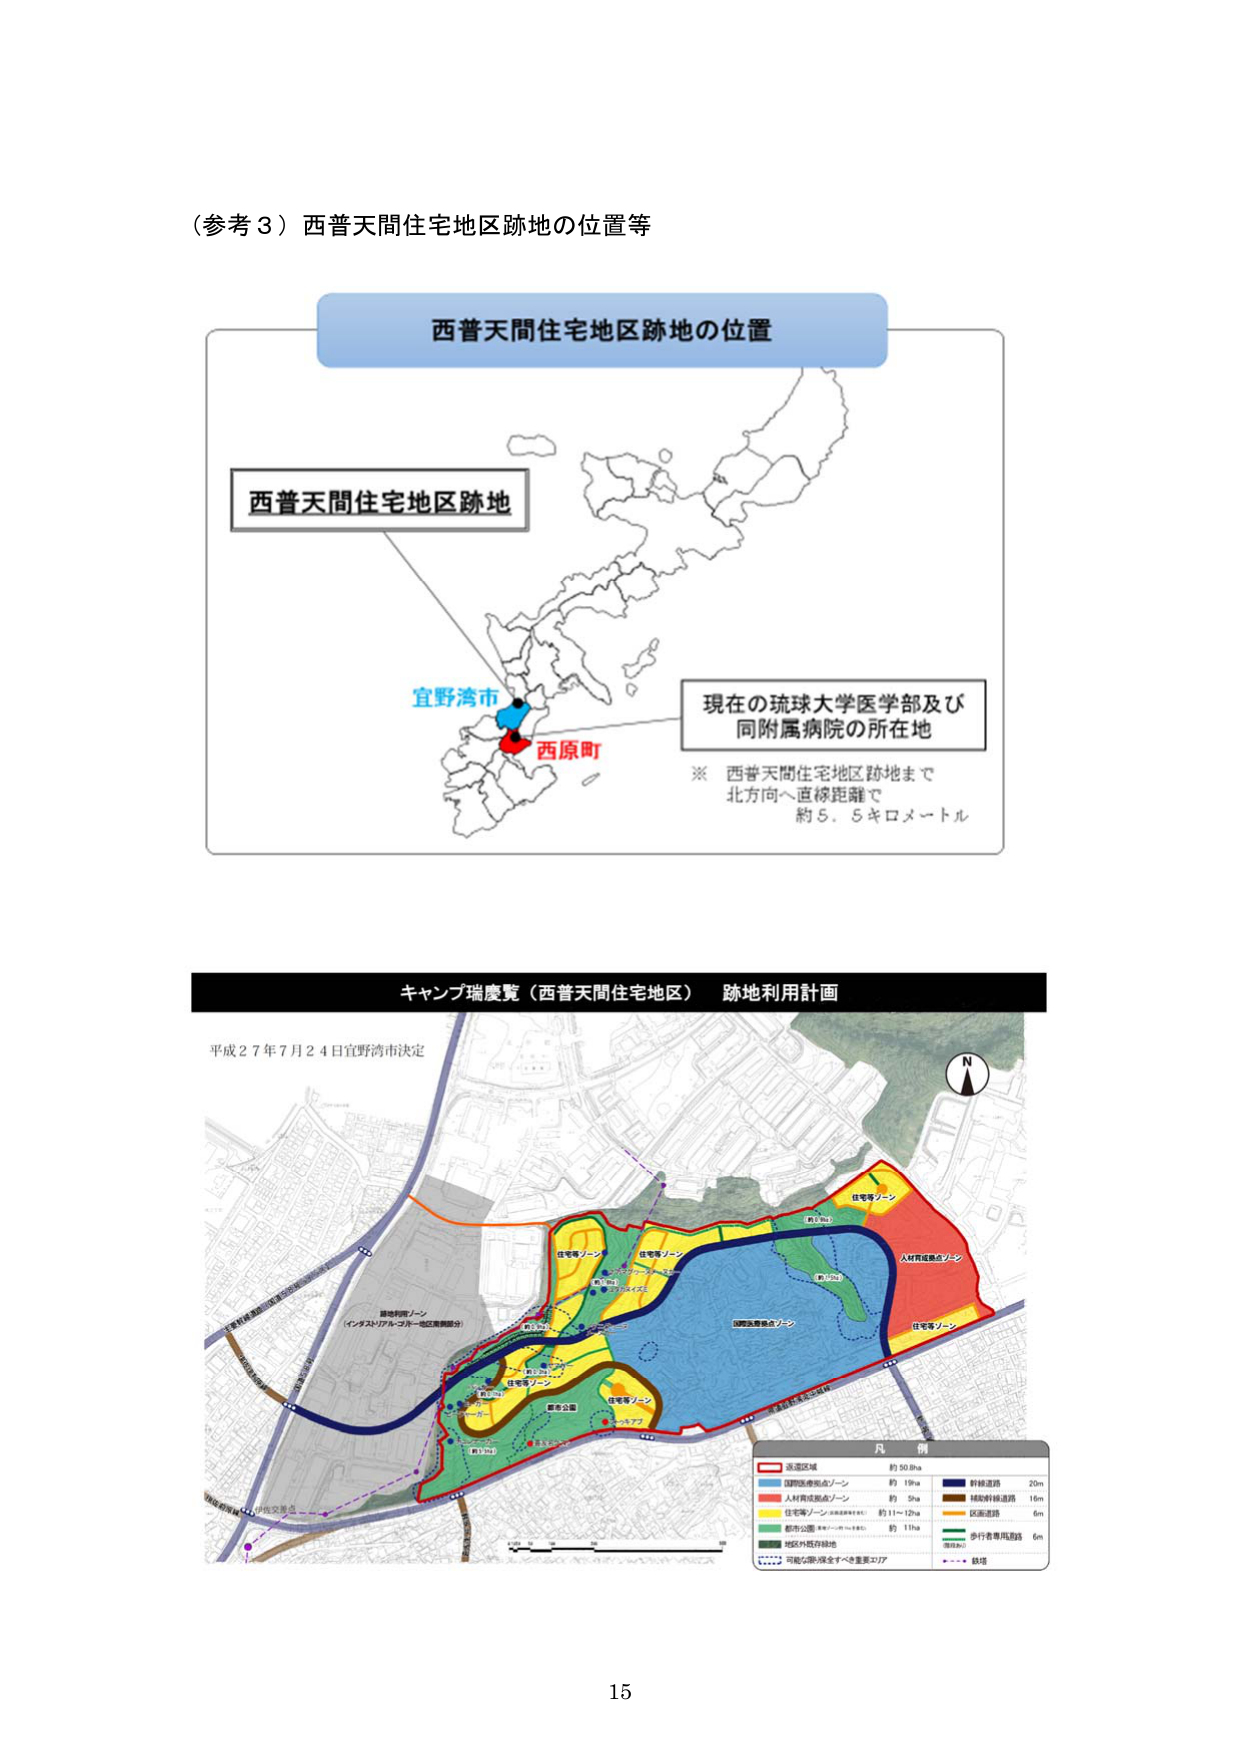
（参考３）西普天間住宅地区跡地の位置等

西普天間住宅地区跡地の位置

西普天間住宅地区跡地

宜野湾市
西原町

現在の琉球大学医学部及び
同附属病院の所在地

※ 西普天間住宅地区跡地まで
北方へ直線距離で
約５．５キロメートル

キャンプ瑞慶覧（西普天間住宅地区） 跡地利用計画

平成２７年７月２４日宜野湾市決定

凡例
※ 水域区域 約50ha
※ 緑地保全ゾーン 約19ha
※ 人材育成拠点ゾーン 約5ha
※ 住宅等ゾーン（※） 約11～12ha
※ 都市公園（※） 約11ha
※ 地区外既存緑地
※ 可能な限り保全すべき重要エリア

※ 計画道路 20m
※ 緑地計画道路 16m
※ 区画道路 6m
※ 歩行者専用道路 6m
※ 鉄道

15